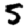
Digit: 5